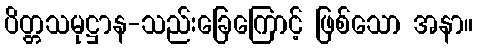
ပိတ္တသမုဋ္ဌာန-သည်းခြေကြောင့် ဖြစ်သော အနာ။